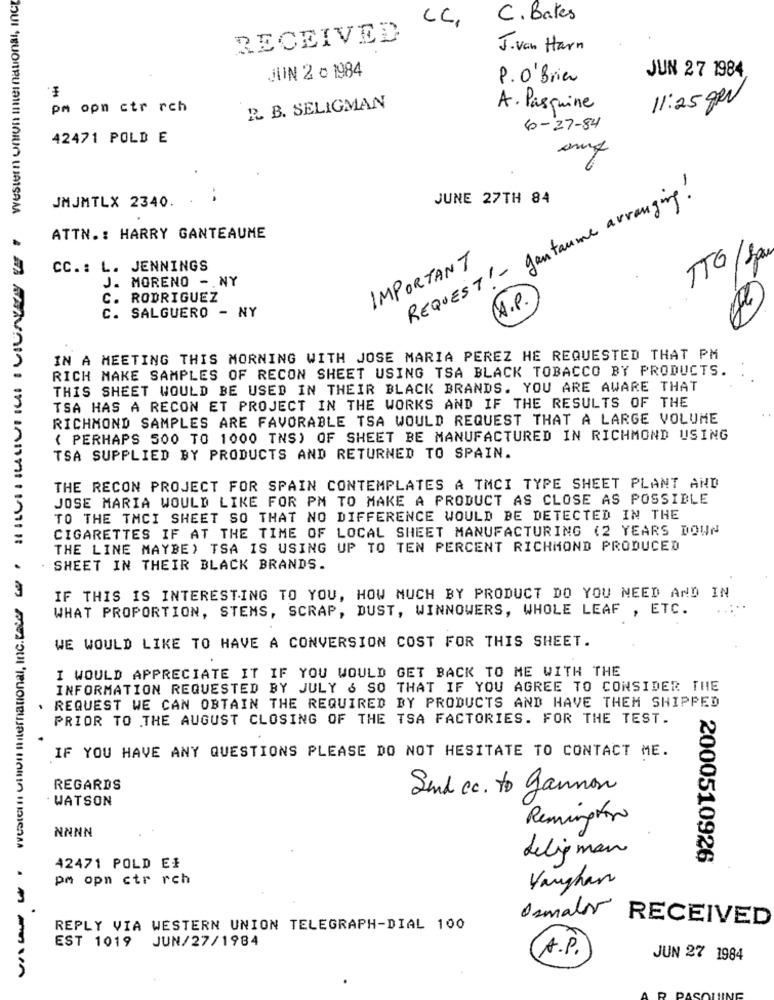
CC,
C. Bates
RECEIVED
J. van Harn
JUIN 2 c 1984
P. O'Brian
JUN 27 1984
11:25 ARV
pm opn ctr rch
R. B. SELIGMAN
A. Pasquine
6-27-84
42471 POLD E
gantaume arranging !
JMJMTLX 2340.
JUNE 27TH 84
ATTN .: HARRY GANTEAUME
IMPORTANT
TTG/Sa
CC .: L. JENNINGS
REQUEST !-
MORENO -. NY
J.
C. RODRIGUEZ
(J.P.)
C. SALGUERO - NY
IN A MEETING THIS MORNING WITH JOSE MARIA PEREZ HE REQUESTED THAT PM
RICH MAKE SAMPLES OF RECON SHEET USING TSA BLACK TOBACCO BY PRODUCTS.
THIS SHEET WOULD BE USED IN THEIR BLACK BRANDS. YOU ARE AWARE THAT
TSA HAS A RECON ET PROJECT IN THE WORKS AND IF THE RESULTS OF THE
RICHMOND SAMPLES ARE FAVORABLE TSA WOULD REQUEST THAT A LARGE VOLUME
( PERHAPS 500 TO 1000 TNS) OF SHEET BE MANUFACTURED IN RICHMOND USING
TSA SUPPLIED BY PRODUCTS AND RETURNED TO SPAIN.
THE RECON PROJECT FOR SPAIN CONTEMPLATES A TMCI TYPE SHEET PLANT AND
JOSE MARIA WOULD LIKE FOR PM TO MAKE A PRODUCT AS CLOSE AS POSSIBLE
TO THE TACI SHEET SO THAT NO DIFFERENCE WOULD BE DETECTED IN THE
CIGARETTES IF AT THE TIME OF LOCAL SHEET MANUFACTURING (2 YEARS DOWN
THE LINE MAYBE) TSA IS USING UP TO TEN PERCENT RICHMOND PRODUCED
. SHEET IN THEIR BLACK BRANDS.
IF THIS IS INTERESTING TO YOU, HOW MUCH BY PRODUCT DO YOU NEED AND IN
WHAT PROPORTION, STEMS, SCRAP, DUST, WINNOWERS, WHOLE LEAF , ETC.
WE WOULD LIKE TO HAVE A CONVERSION COST FOR THIS SHEET.
I WOULD APPRECIATE IT IF YOU WOULD GET BACK TO ME WITH THE
INFORMATION REQUESTED BY JULY 6 SO THAT IF YOU AGREE TO CONSIDER THE
REQUEST WE CAN OBTAIN THE REQUIRED BY PRODUCTS AND HAVE THEM SHIPPED
.
PRIOR TO THE AUGUST CLOSING OF THE TSA FACTORIES. FOR THE TEST.
IF YOU HAVE ANY QUESTIONS PLEASE DO NOT HESITATE TO CONTACT ME.
REGARDS
Sind cc. to gannon
WATSON
Remington
NNNN
Leligman
2000510926
42471 POLD EI
pm opn ctr rch
Vaughan
Osmalor
RECEIVED
REPLY VIA WESTERN UNION TELEGRAPH-DIAL 100
EST 1019 JUN/27/1984
A.P.
JUN 27 1984